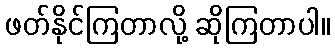
ဖတ်နိုင်ကြတာလို့ ဆိုကြတာပါ။